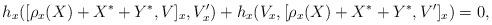
LaTeX: \begin{align*} h_x([\rho_x(X) + X^* + Y^*,V]_x, V'_x) + h_x(V_x, [\rho_x(X) + X^* + Y^*,V']_x) = 0, \end{align*}